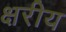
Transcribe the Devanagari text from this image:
क्षरीय